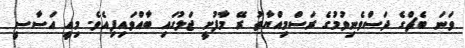
ވަނަ ބެޗްގެ ދަސްވެނިވުމުގެ ރަސްމިއްޔާތު ރޭ މާފުށީ ޖަލުގައި ބާއްވައިފިއެވެ. މިއީ އަސާސީ